Annual report of the Bengal Veterinary College and of the Civil Veterinary Department, Bengal, for the year 1911-1912 - 1911-1912
Year: 1911
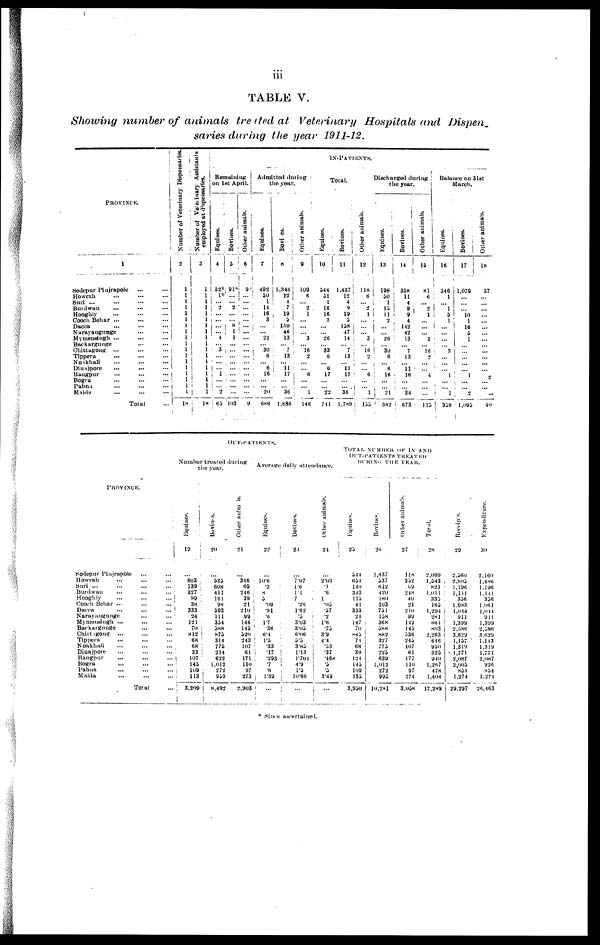
iii
TABLE V.
Showing number of animals treated at Veterinary Hospitals and Dispen.
saries during the year 1911-12.
PROVINCE.
1
Sodepur Plujrapole
…
…
Howrah
Suri
…
…
…
…
Burdwan … … … …
Hooghly … … … …
Cooch Behar ... … …
Dacca … … …
Narayangunge … …
Mymensingh ... … …
Backargunge … …
Ohittagong … … … …
Tippera … … …
Noakhali … … …
Dinajpore … … …
Raugpur … … …
Bogra … … …
Pabna … … …
Maldu … … …
Total …
Number of Veterinary Dispensaries.
2
1
1
1
1
1
1
1
1
1
1 1
1 1
1
1
1 1
1
18
Number
of Veterinary Asaistants
employed
at .dispensaries.
3
1
1
1
1
1
1
1
1
1
1
1
1
1
1
1
1
1
1
18
lN-PATIENTS.
Remaining
on 1st April.
Equines.
4
525
10
...
2
… ...
...
... 4
. ... 3
...
...
i ...
1
... ...
2
63
Bovines.
5
9l
...
... 2
...
…
8 1 1
...
…
…...
...
……
i ...
...
…
103
Other animals.
6
9
...
…
...
...
…
…
…
…
…
… …
…
...
. ...
…
... …
9
Admitted during
the year.
Equities.
7
492
50
1
14
16
3
…
... 22
30 6
... 6
16
...
... 20
686
Bovines.
8
1,346
12
4
7
19
5
150
46
13
… 7
13
...
11 17
…
... 36
1,686
Other animals.
9
109
6
… 2
...
…
…
…
2
… 16
2
...
...
6
…
1
146
Total.
Equines.
10
544
31
1
16
16
3
...
... 26
… 33
6
... 6
17
...
... 22
741
Bovinea.
11
1,437
12
4
9
19
5
158
47
14
... 7
13
... 11
17
...
... 36
1,789
Other animals.
12
118
I
6
... 2
1
…
……
… 3
…
18 I 2
...
... 6
... ...
1
155
Discharged during
the year.
Equines.
13
198
30
1
13
11
2
...
... 26
... 30
6
...
6 16
…
…
21 382
Bovines.
14
358
11
4
. 9
4
142
42
13
… 7
13
... 11
16
…
...
34
673
Other animals.
15
81
6
... 2
1
...
...
... 3
… 16
2
...
... 4
...
…
115
Balance on 31st
March.
Equines.
16
346
1
...
1
5
1
...
... ...
... 3
…
...
... 1
...
…1
| 339
Bovines.
17
1,079
...
…
... 10
1
16
5
1
...
… ...
…
...
1
…
2
1,095
Other animals.
18
37
…
...
...
...
...
...
...
...
...
...
...
...
...
2
...
... -
40
PROVINCE.
Sodepur Pinjrapole … …
Howrah
Suri ... … … …
Burdwan … … …
Hooghly … … …
Cooch Behar … … …
Dacca
Narayangunge … …
Mymensingh ... … …
Backargunge … …
Chittagong ... … …
Tippera … … …
Noakhali … … …
Dinajpore … … …
Rangpur
... … …
Bogra … … …
Pabua … … …
Malda … … …
Total
OUT-PATIESTS.
Number treated during
the year.
Equines.
19
...
603
139
327
99
38
333
24
121
70
812
68
68
33
107
145
109
113 1
3.209
Bovines.
20
...
525
608
411
161
98
593
111
354
388
875
314
775
214
622
1,012
272
959
8,492
Other animals.
21
...
346
69
246
39
21
210
99
146
145
520
243
107
61
171
110
97
273
2,903
Average daily attendance.
Eqaines.
22
...
10.6
3
8
5
09 :
.91
*6
17
36
6.4
1.5
.33
.17
293
7
.6
1.39
…
Bovincs.
23
...
7.07
1.6
1.1
7
.26
162
5
303
3.05
6.06
5'3
3.83
1.13
1.704
4.9
1.5
10.66
...
Other aninmals.
24
...
2.03
.1
.6
1
.05
.57
.2
1.6
.73
3.9
4.4
.33
.37
.468
.3
.3
349
...
TOTAL NUMBER OF IN AND
OUT-PATIESTSTREATED
DURING THE YEAR.
Equines.
25
344
654
140
343
115
41
333
24
147
70
843
7l
68
39
124
145
109
135
3,950
Bovines.
26
1,437
337
612
420
180
103
751
158
368
5S8
882
327
775
223
639
1,012
272
995
10,281
Other
animals.
27
118
352
69
248
40
21
210
99
149
145
536
245
107
61
177
110
97
274
3.058
Total.
28
2,099
1,543
821
1,011
335
165
1,294
281
684
803
2,263
646
950
323
940
1,267
478
1,404
17,289
Recei pt s .
29
2,560
2,805
1,196
1,141
336
1,083
1,044
911
1,399
2.586
3,629
1,137
1,319
1,771
2,087
2,005
854
1,274
29,297
Expenditure.
30
2.160
1,486
1,196
1,141
356
1.061
1,044
911
1,399
2,586
3.629
1,143
1,319
1,771
2,087
926
854
1.274
26,463
Since ascertained.